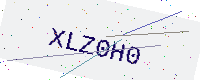
Text: XLZ0H0